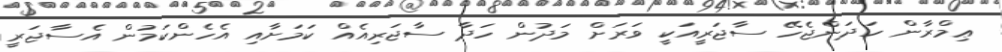
ޢިމްރާން ހަދަންޖެހޭ ސާޖަރީއަކީ ވަރަށް މަދުން ހަދާ ސާޖަރިއެއް ކަމަށާއި އެހެންކަމުން އެސާޖަރީ